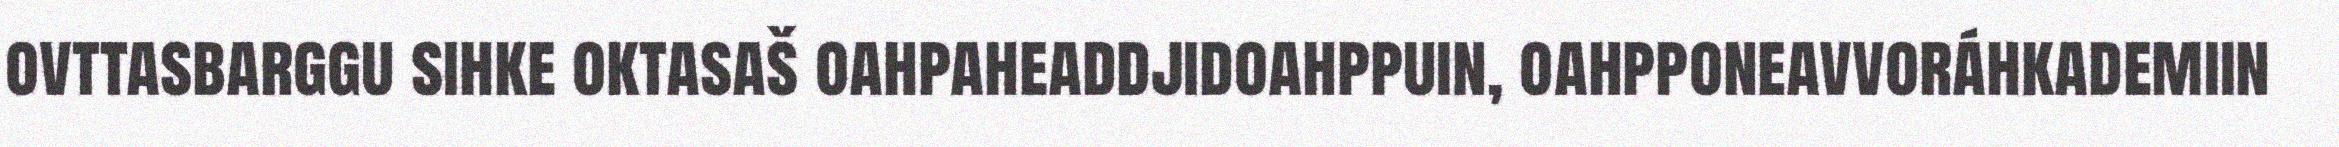
ovttasbarggu sihke oktasaš oahpaheaddjidoahppuin, oahpponeavvoráhkademiin